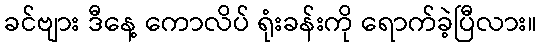
ခင်ဗျား ဒီနေ့ ကောလိပ် ရုံးခန်းကို ရောက်ခဲ့ပြီလား။